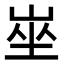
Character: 𡸄